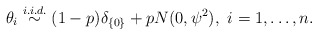
\begin{align*} \theta_i \stackrel{i. i. d.}{\sim} (1-p)\delta_{\{0\}} + p N(0,\psi^2), \mbox{ $i=1,\dots,n$}. \end{align*}